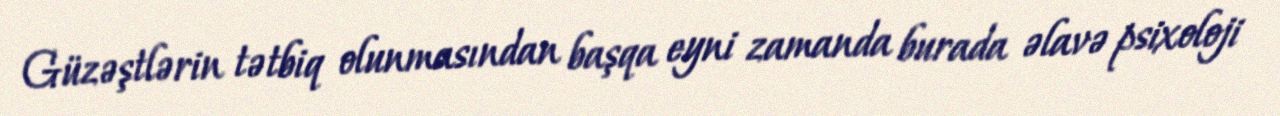
Güzəştlərin tətbiq olunmasından başqa eyni zamanda burada əlavə psixoloji